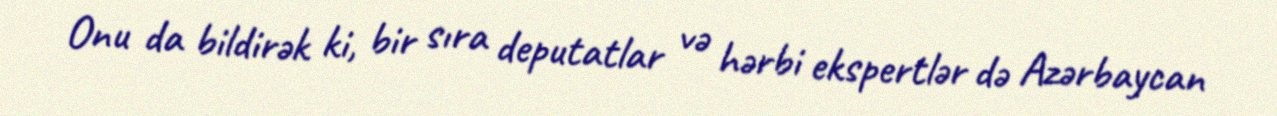
Onu da bildirək ki, bir sıra deputatlar və hərbi ekspertlər də Azərbaycan